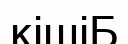
кішіБ